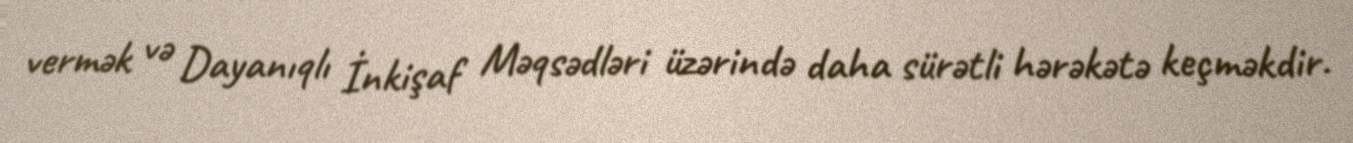
vermək və Dayanıqlı İnkişaf Məqsədləri üzərində daha sürətli hərəkətə keçməkdir.